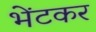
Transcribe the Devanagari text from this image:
भेंटकर